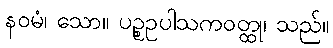
နဝမံ၊ သော။ ပဉ္စဥပါသကဝတ္ထု၊ သည်။